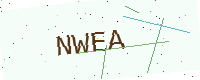
Text: NWEA